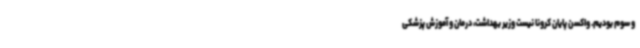
و سوم بودیم. واکسن پایان کرونا نیست وزیر بهداشت، درمان و آموزش پزشکی